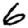
Digit: 6